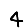
Digit: 4